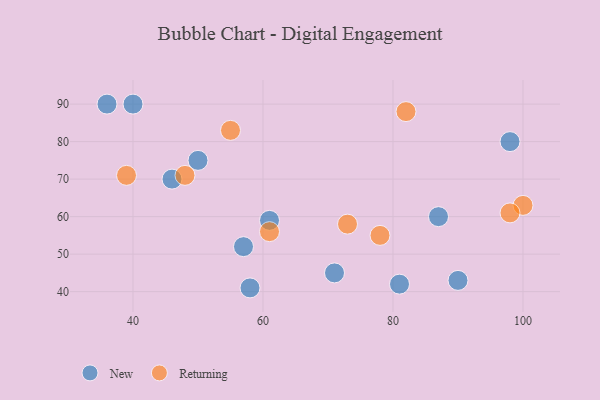
{"axis": {"x": "GDP", "y": "Life Expectancy"}, "legend": ["New", "Returning"], "data": [{"x": "57", "y": 52, "type": "New"}, {"x": "81", "y": 42, "type": "New"}, {"x": "36", "y": 90, "type": "New"}, {"x": "58", "y": 41, "type": "New"}, {"x": "50", "y": 75, "type": "New"}, {"x": "61", "y": 59, "type": "New"}, {"x": "46", "y": 70, "type": "New"}, {"x": "98", "y": 80, "type": "New"}, {"x": "71", "y": 45, "type": "New"}, {"x": "87", "y": 60, "type": "New"}, {"x": "90", "y": 43, "type": "New"}, {"x": "40", "y": 90, "type": "New"}, {"x": "73", "y": 58, "type": "Returning"}, {"x": "61", "y": 56, "type": "Returning"}, {"x": "48", "y": 71, "type": "Returning"}, {"x": "82", "y": 88, "type": "Returning"}, {"x": "39", "y": 71, "type": "Returning"}, {"x": "100", "y": 63, "type": "Returning"}, {"x": "78", "y": 55, "type": "Returning"}, {"x": "55", "y": 83, "type": "Returning"}, {"x": "98", "y": 61, "type": "Returning"}]}